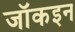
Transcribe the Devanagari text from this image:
जॉकइन